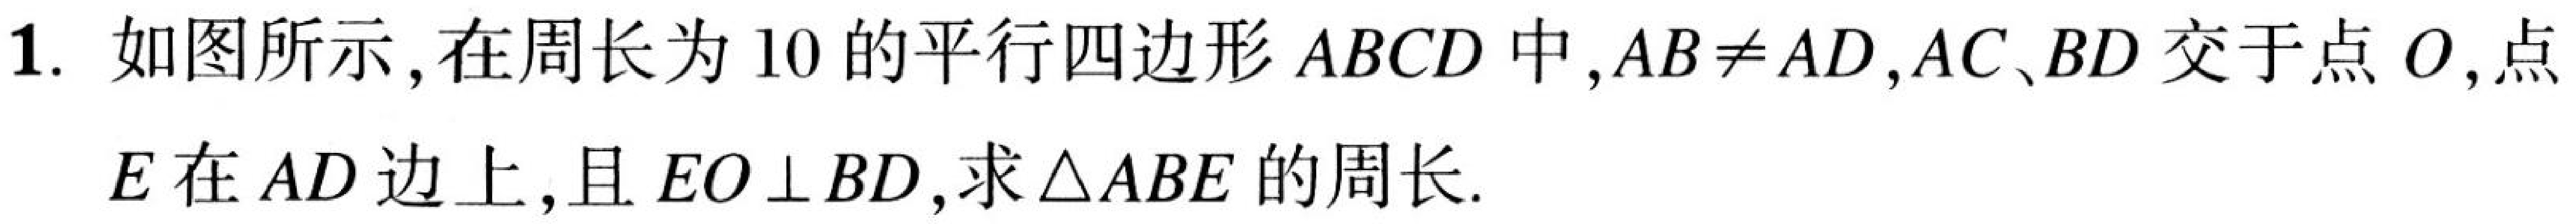
1. 如图所示,在周长为\(10\)的平行四边形\(ABCD\)中,\(AB\neq AD\),\(AC、BD\)交于点\(O\),点
\(E\)在\(AD\)边上,且\(EO\perp BD\),求\(\triangle ABE\)的周长.